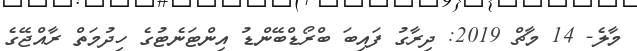
މާލެ- 14 މާޗް 2019: ދިރާގު ފައިބަ ބްރޯޑްބޭންޑު އިންޓަނެޓުގެ ހިދުމަތް ރާއްޖޭގެ